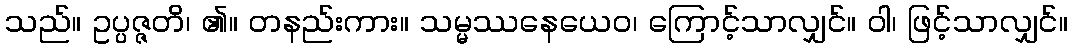
သည်။ ဥပ္ပဇ္ဇတိ၊ ၏။ တနည်းကား။ သမ္မဿနေယေဝ၊ ကြောင့်သာလျှင်။ ဝါ၊ ဖြင့်သာလျှင်။